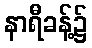
နာရီခန့်၌